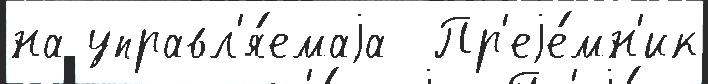
на управл'я́емаjа  Пр'еjе́мн'ик